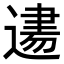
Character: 𨕨